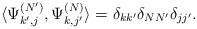
LaTeX: \begin{align*} \langle \Psi_{k',j}^{(N')},\Psi_{k,j'}^{(N)}\rangle=\delta_{kk'}\delta_{NN'}\delta_{jj'}.\end{align*}